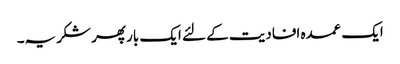
ایک عمدہ افادیت کے لئے ایک بار پھر شکریہ۔